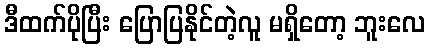
ဒီထက်ပိုပြီး ပြောပြနိုင်တဲ့လူ မရှိတော့ ဘူးလေ